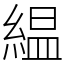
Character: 緼